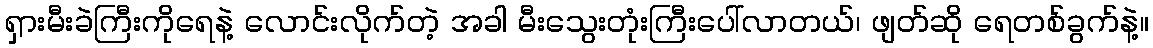
ရှားမီးခဲကြီးကိုရေနဲ့ လောင်းလိုက်တဲ့ အခါ မီးသွေးတုံးကြီးပေါ်လာတယ်၊ ဖျတ်ဆို ရေတစ်ခွက်နဲ့။